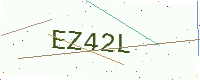
Text: EZ42L